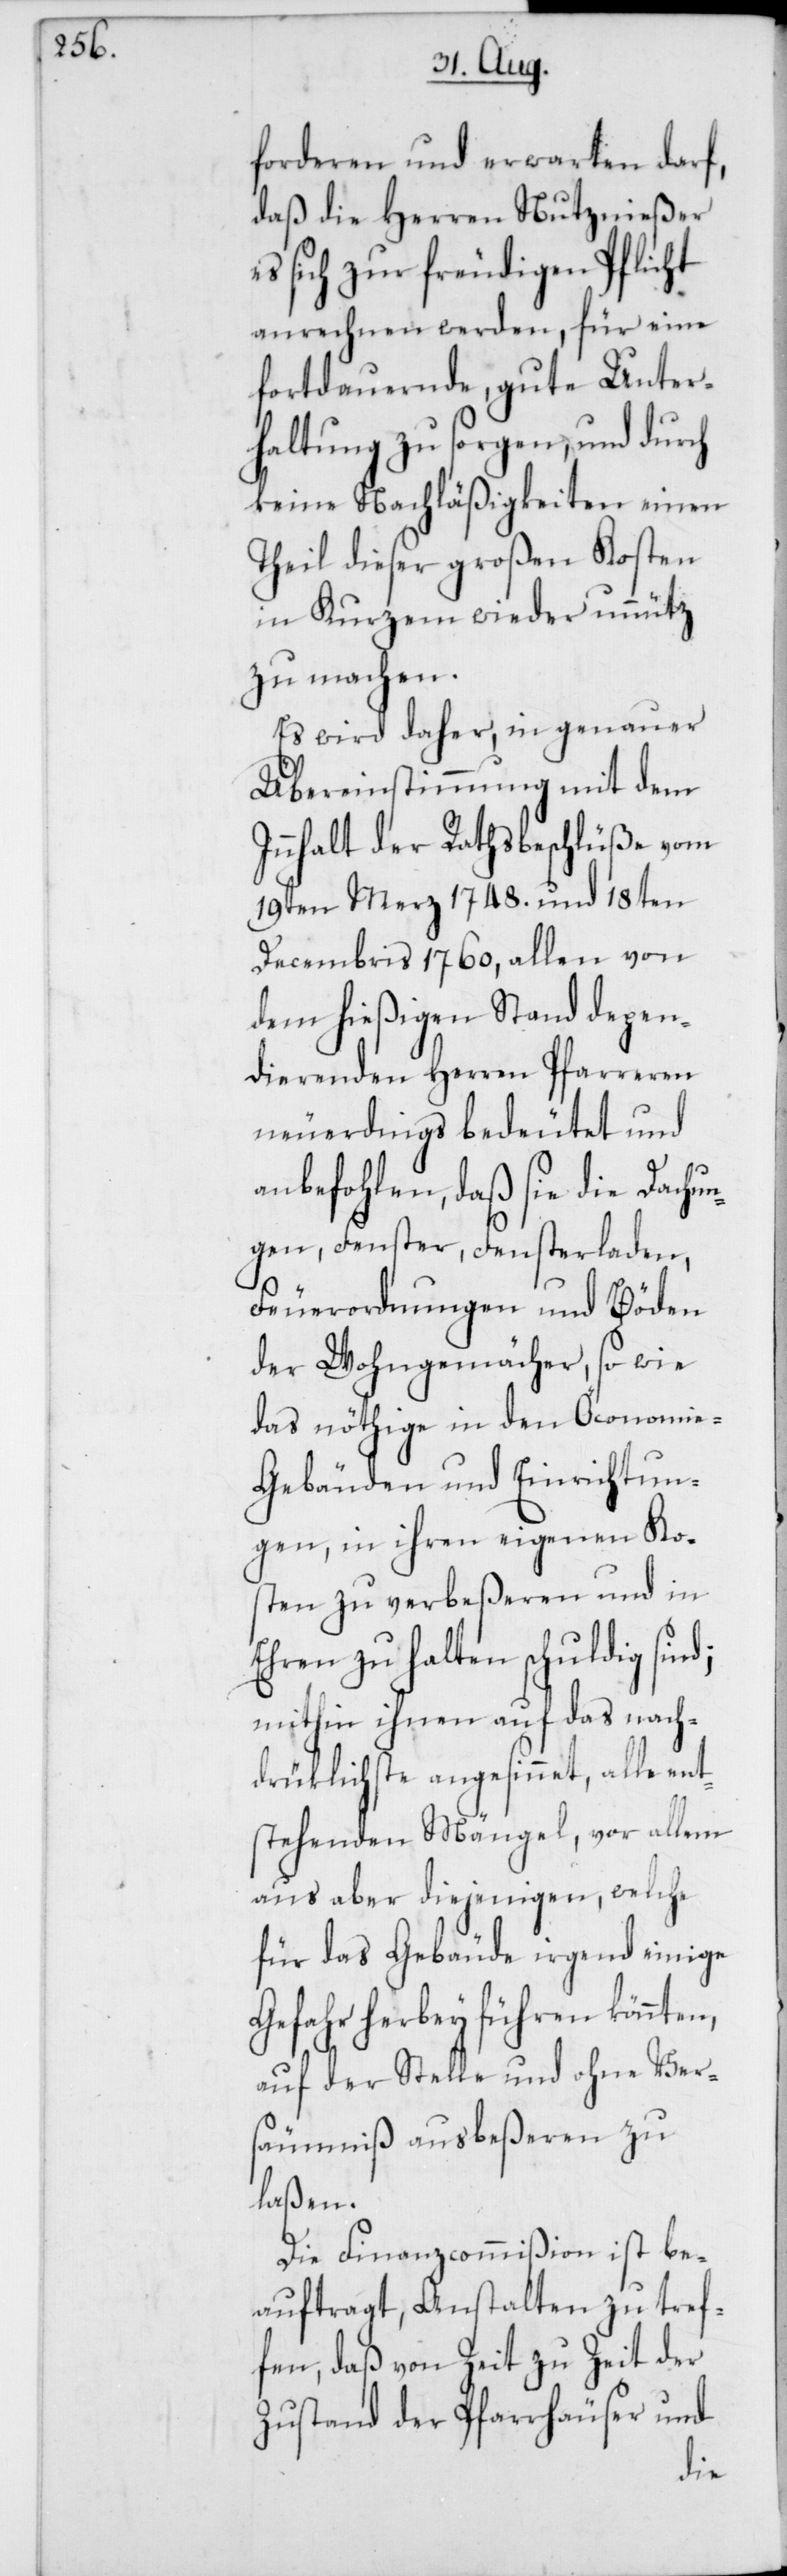
forderen und erwarten darf,
daß die Herren Nutznießer
es sich zu freudigen Pflicht
anrechnen werden, für eine
fortdauernde, gute Unter¬
haltung zu sorgen, und durch
keine Nachläßigkeiten einen
Theil dieser großen Kosten
in Kurzem wieder unnütz
zu machen.
Es wird daher, in genauer
Übereinstimmung mit dem
Innhalt der Rathsbeschlüße vom
19ten Merz 1748. und 18ten
Decembris 1760, allen von
dem hießigen Stand depen¬
dierenden Herren Pfarreren
neuerdings bedeutet und
anbefohlen, daß sie die Dachun¬
gen, Fenster, Fensterladen,
Feuerordnungen und Böden
der Wohngemächer, so wie
das nöthige in den Öconomie-G¬
ebäuden und Einrichtun¬
gen, in ihren eigenen Ko¬
sten zu verbeßeren und in
Ehren zu halten schuldig
mithin ihnen auf das nach¬
drüklichste angesinnet, alle en¬
stehenden Mängel, vor allem
aus aber diejenigen, welche
für das Gebäude irgend einige
Gefahr herbey führen könnten,
auf der Stelle und ohne Vers¬
äumniß ausbeßeren zu
laßen.
Die Finanzcommißion ist be¬
auftragt, Anstalten zu tref¬
fen, daß von Zeit zu Zeit der
Zustand der Pfarrhäuser und